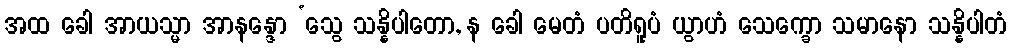
အထ ခေါ အာယသ္မာ အာနန္ဒော ‘သွေ သန္နိပါတော, န ခေါ မေတံ ပတိရူပံ ယွာဟံ သေက္ခော သမာနော သန္နိပါတံ